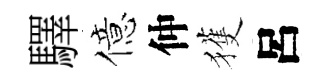
驛億仲獲呂